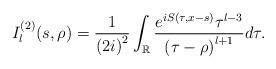
LaTeX: \begin{align*}I_{l}^{\left( 2\right) }(s,\rho)=\frac{1}{\left( 2i\right) ^{2}}\int_{\mathbb{R}}\frac{e^{iS(\tau,x-s)}\tau^{l-3}}{\left( \tau-\rho\right)^{l+1}}d\tau.\end{align*}